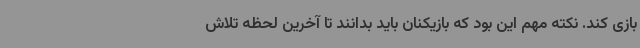
بازی کند. نکته مهم این بود که بازیکنان باید بدانند تا آخرین لحظه تلاش